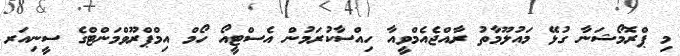
މި ޕްރޮމޯޝަނާ ގުޅޭ މައުލޫމާތު ރާއްޖެއެމްވީއާ ހިއްސާކުރަމުން އެސްޓީއޯ ހޯމް އިމްޕްރޫވްމަންޓްގެ ސީނިއަރ